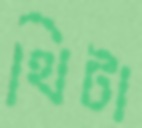
থিটা